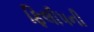
ફિલીપની